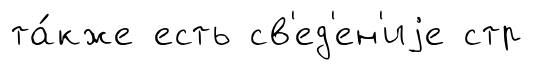
та́кже есть св'ед'ен'иjе стр